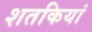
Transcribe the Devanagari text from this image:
शतकियां